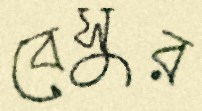
বেসুর